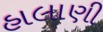
હાલાણી